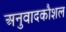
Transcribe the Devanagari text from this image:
अनुवादकौशल